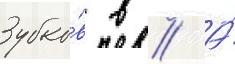
Зубко́в в // А́